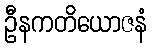
ဦနကတိယောဇနံ